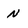
Character: N